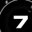
Digit: 7